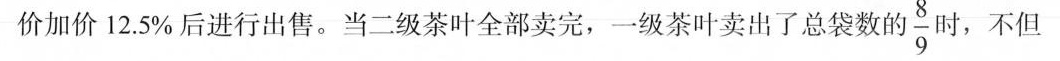
价加价12.5%后进行出售。当二级茶叶全部卖完，一级茶叶卖出了总袋数的\frac{8}{9} 时，不但